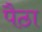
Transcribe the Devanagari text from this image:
पैठा